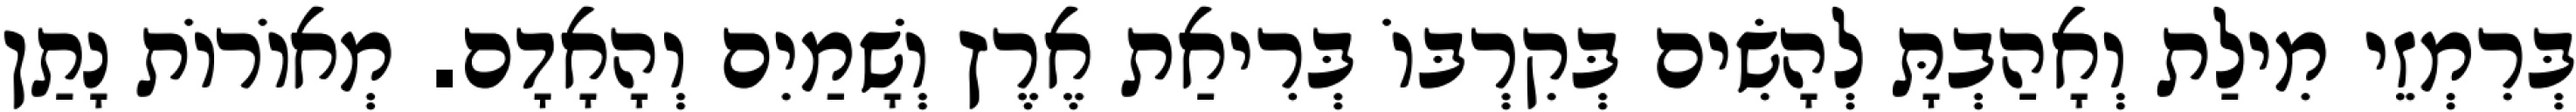
בְּרִמְזֵי מִילַת וְאָהַבְתָּ לְהָשִׂים בְּקִרְבּוֹ בְּרִיאַת אֶרֶץ וְשָׁמַיִם וְהָאָדָם. מְאוֹרוֹת נָתַן